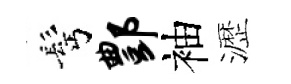
髩酆袖瀝